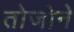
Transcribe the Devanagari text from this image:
तोजोने